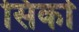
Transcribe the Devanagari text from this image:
सिर्का